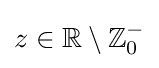
z\in \mathbb {R} \setminus \mathbb {Z} _{0}^{-}